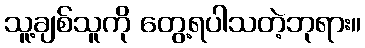
သူ့ချစ်သူကို တွေ့ရပါသတဲ့ဘုရား။